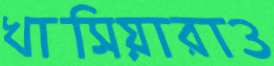
খাসিয়ারাও